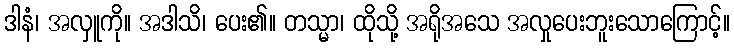
ဒါနံ၊ အလှူကို။ အဒါသိ၊ ပေး၏။ တသ္မာ၊ ထိုသို့ အရိုအသေ အလှုပေးဘူးသောကြောင့်။